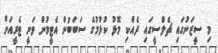
މި ސީޒަނުގައި ޗެލްސީގައި ދެއްކި މޮޅު ކުޅުމުގެ ސަބަބުން އެޓީމުން ވަނީ ޓެރީއަށް